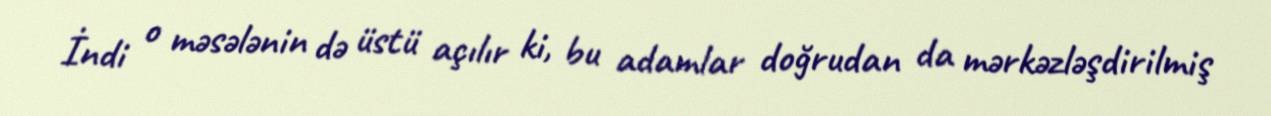
İndi o məsələnin də üstü açılır ki, bu adamlar doğrudan da mərkəzləşdirilmiş